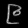
Digit: ၉